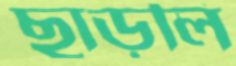
ছাড়লি